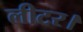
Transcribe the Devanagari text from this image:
लीटर।